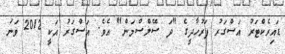
ޑައިރެކްޓަރު އަސްގަރު ފަރުހާދީގެ "ދަ ސޭލްސްމަން" އެވެ. އަސްގަރު އަކީ 2012 ވަނަ